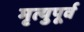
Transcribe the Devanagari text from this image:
मृत्युपूर्व